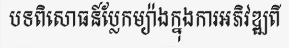
បទពិសោធន៍ប្លែកម្យ៉ាងក្នុងការអភិវឌ្ឍពី